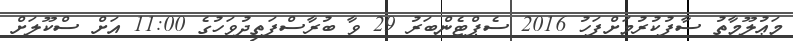
މަޢުލޫމާތު ސާފުކުރުމަށްފަހު 2016 ސެޕްޓެންބަރު 29 ވާ ބުރާސްފަތިދުވަހުގެ 11:00 އަށް ސްކޫލަށް